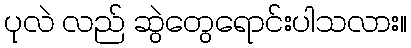
ပုလဲ လည် ဆွဲတွေရောင်းပါသလား။